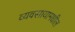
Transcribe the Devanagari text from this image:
व्यवसायामधील